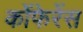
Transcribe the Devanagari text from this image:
कोंफेरेंस